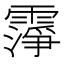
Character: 𬰆